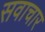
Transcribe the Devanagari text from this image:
सवाचार